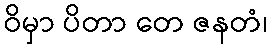
ဝိမှာ ပိတာ တေ ဇနတံ၊